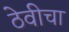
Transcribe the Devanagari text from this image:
ठेवीचा